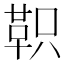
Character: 𫖆